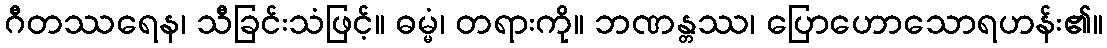
ဂီတဿရေန၊ သီခြင်းသံဖြင့်။ ဓမ္မံ၊ တရားကို။ ဘဏန္တဿ၊ ပြောဟောသောရဟန်း၏။